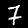
Label: 7